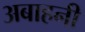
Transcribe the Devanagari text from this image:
अबाहनी